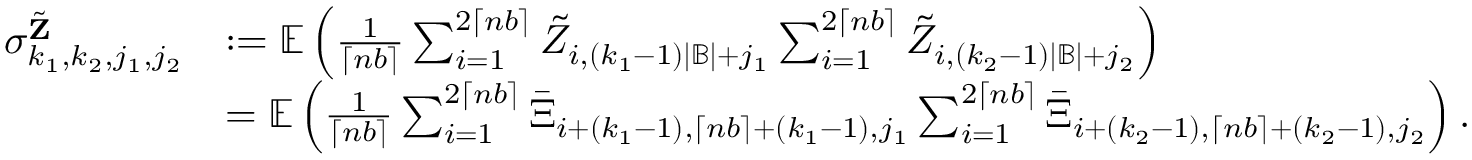
\begin{array} { r l } { \sigma _ { k _ { 1 } , k _ { 2 } , j _ { 1 } , j _ { 2 } } ^ { \tilde { \mathbf Z } } } & { : = \mathbb { E } \left( \frac { 1 } { \lceil n b \rceil } \sum _ { i = 1 } ^ { 2 \lceil n b \rceil } \tilde { Z } _ { i , ( k _ { 1 } - 1 ) | \mathbb { B } | + j _ { 1 } } \sum _ { i = 1 } ^ { 2 \lceil n b \rceil } \tilde { Z } _ { i , ( k _ { 2 } - 1 ) | \mathbb { B } | + j _ { 2 } } \right) } \\ & { = \mathbb { E } \left( \frac { 1 } { \lceil n b \rceil } \sum _ { i = 1 } ^ { 2 \lceil n b \rceil } \bar { \Xi } _ { i + ( k _ { 1 } - 1 ) , \lceil n b \rceil + ( k _ { 1 } - 1 ) , j _ { 1 } } \sum _ { i = 1 } ^ { 2 \lceil n b \rceil } \bar { \Xi } _ { i + ( k _ { 2 } - 1 ) , \lceil n b \rceil + ( k _ { 2 } - 1 ) , j _ { 2 } } \right) . } \end{array}